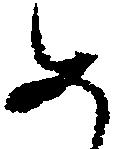
め